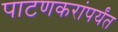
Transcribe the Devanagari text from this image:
पाटणकरांपर्यंत